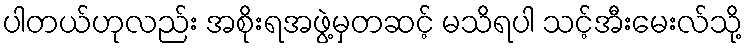
ပါတယ်ဟုလည်း အစိုးရအဖွဲ့မှတဆင့် မသိရပါ သင့်အီးမေးလ်သို့